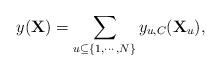
LaTeX: \begin{align*}y(\mathbf{X})={\displaystyle \sum_{u\subseteq\{1,\cdots,N\}}y_{u,C}(\mathbf{X}_{u})},\end{align*}